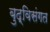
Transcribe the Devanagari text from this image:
बुद्विसंगत